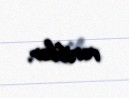
veriblər.